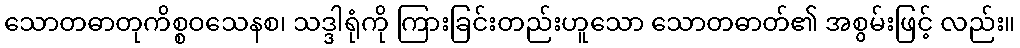
သောတဓာတုကိစ္စဝသေနစ၊ သဒ္ဒါရုံကို ကြားခြင်းတည်းဟူသော သောတဓာတ်၏ အစွမ်းဖြင့် လည်း။